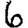
Digit: 6